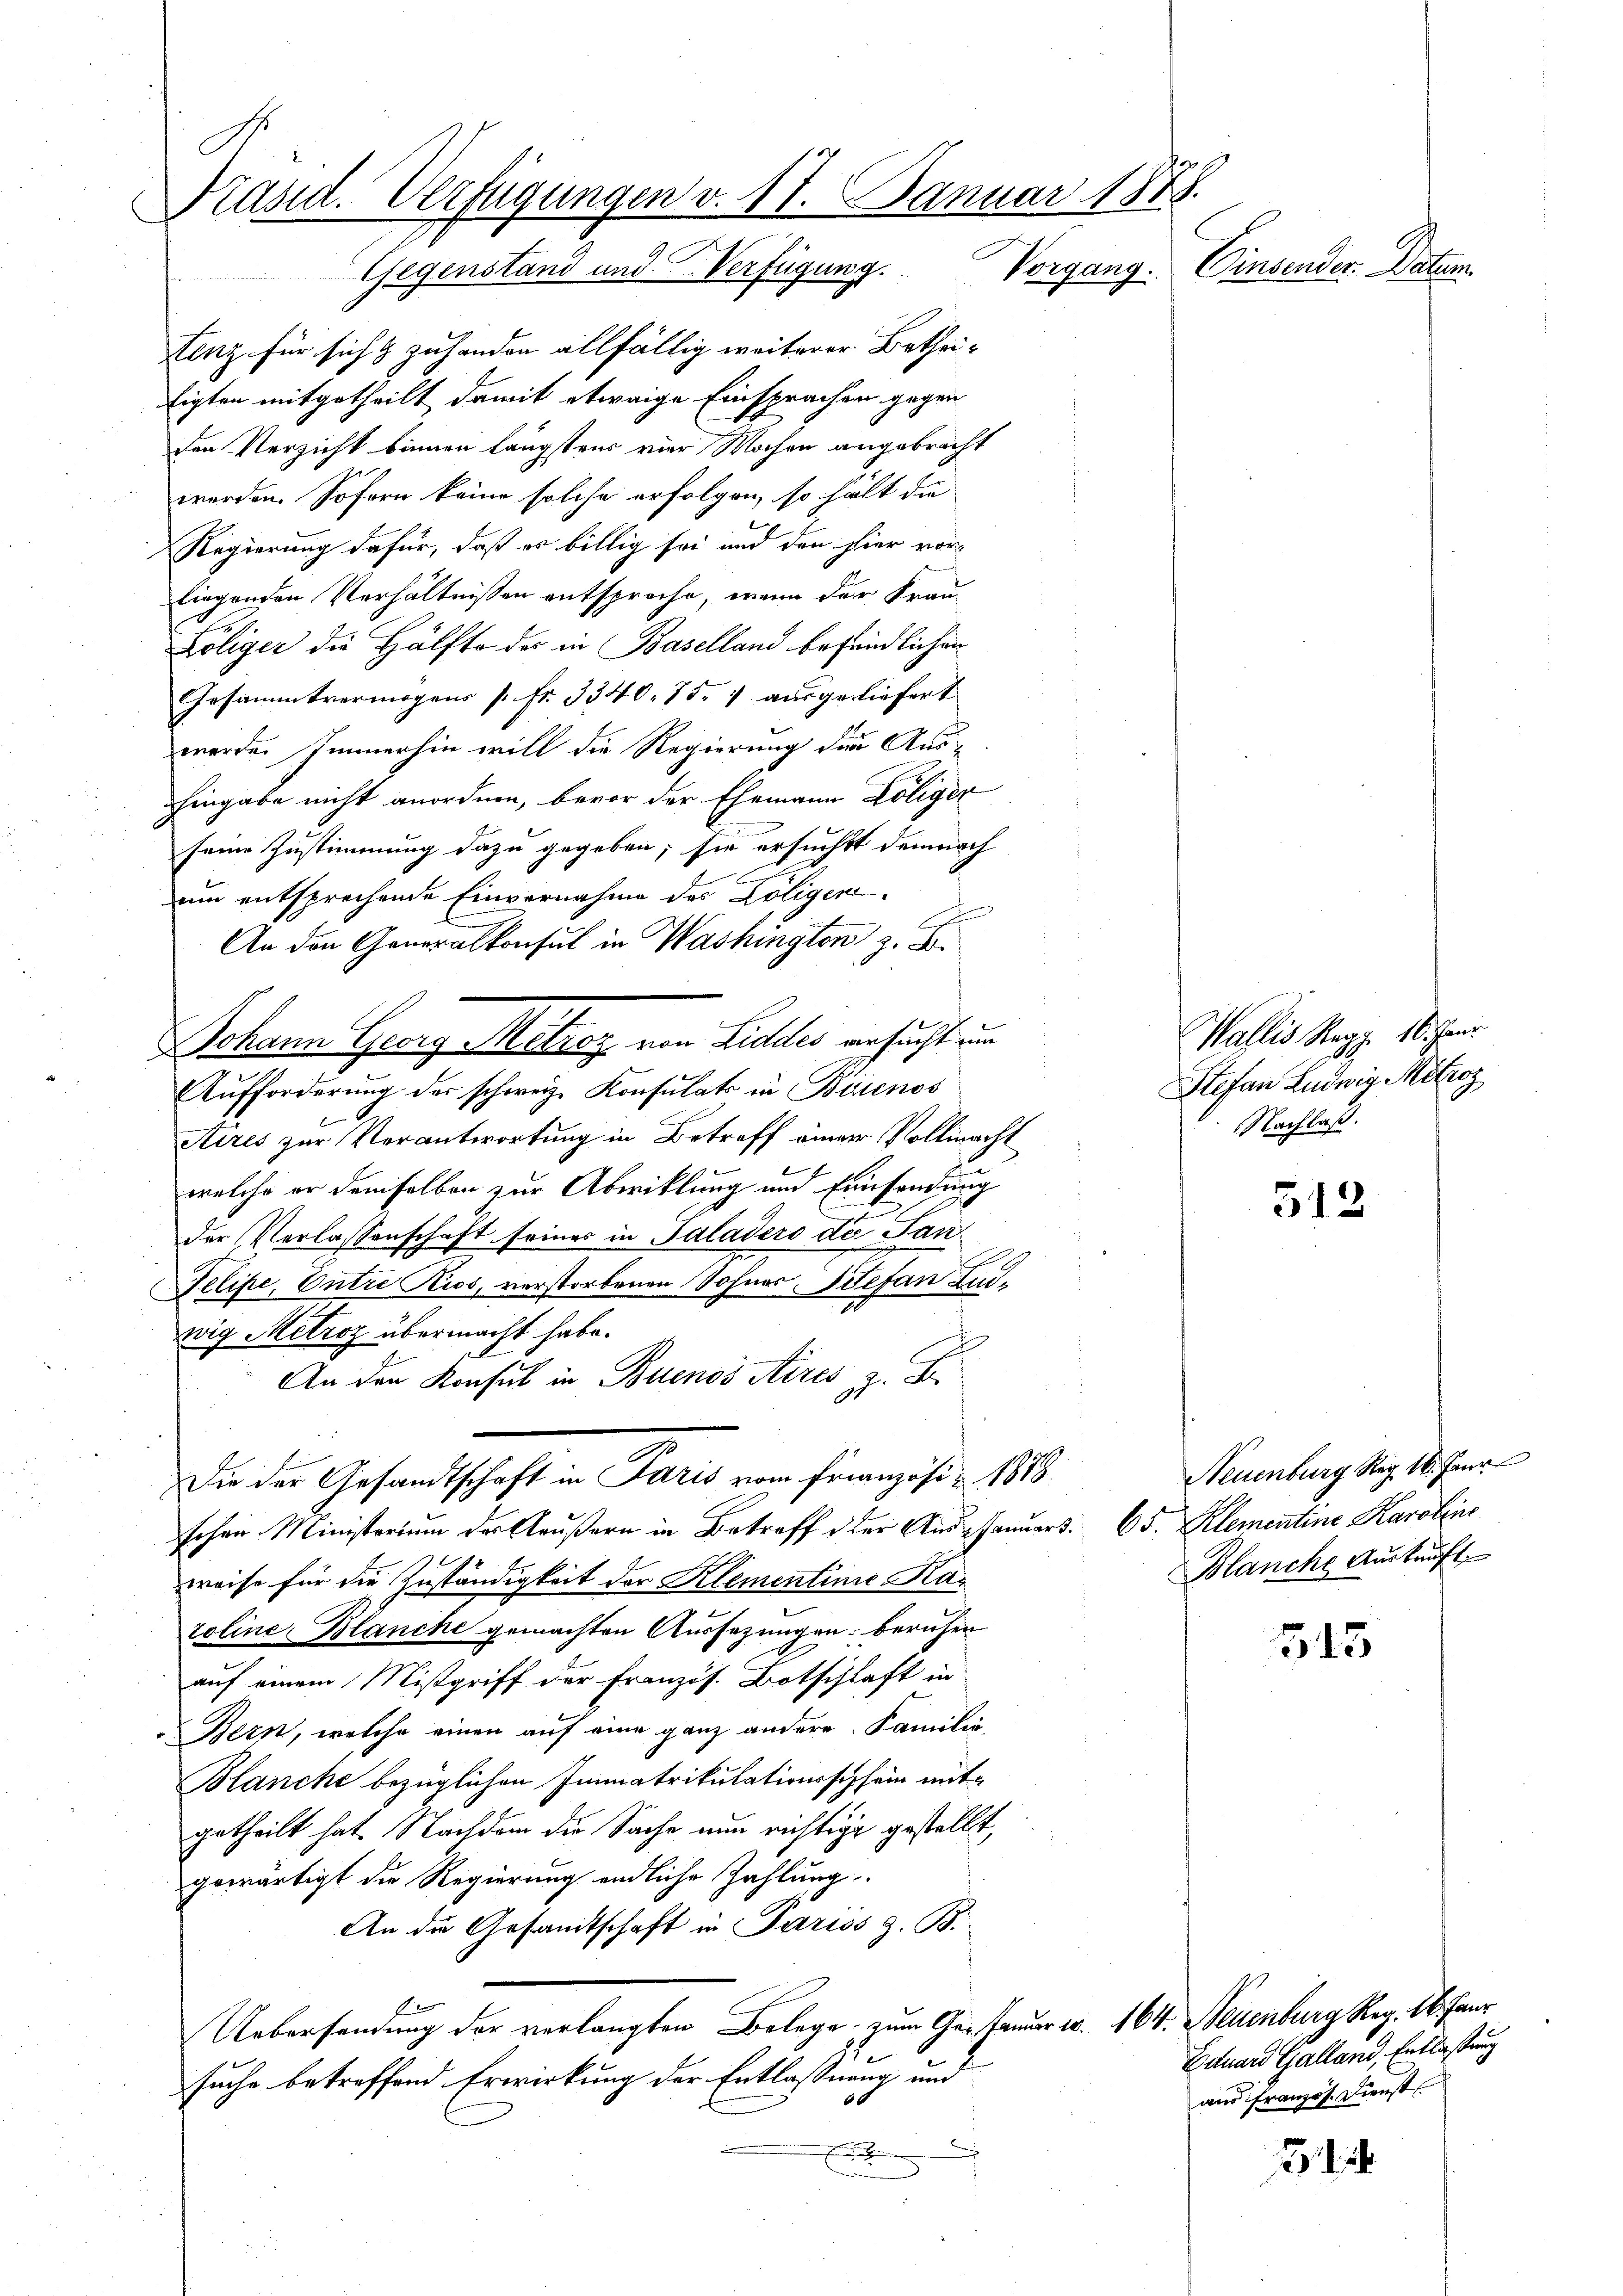
Präsid. Verfügungen v. 17. Januar 1888.
Einsender. Datum.
Gegenstand und Verfügung. Vorgang.

Lenz für sich & zuhanden allfällig weiterer Bethei¬
Eigten mitgetheilt damit etwaige Einsprachen gegen
den Verzicht binnen längstens vier Wochen angebracht
werden. Sofern keine solche erfolgen, so hält die
Regierung dafür, daß es billig sei und den hier vor-
liegenden Verhältnissen entsproche, wenn der Frau¬
2
Zoliger die Hälfte der in Baselland befändlichen
Gesammtvermögens [ fr. 3340. 757 ausgeliefert
werden Immerhin will die Regierung die Aus-
hingabe nicht anordnen, bevor der Ehemann Koliger
seine Zustimmung dazu gegeben; sie ersucht demnach
um entsprechende Einvernahme des Köligen
An den Generalkonsul in Washington z. B.
Aufforderung des schweiz. Konsulats in Buenos
Aires zur Verantwortung in Betreff einer Vollmacht
welche er demselben zur Abwicklung und Einsendung
der Verlassenschaft seiner in Saladero de San¬
Telipe, Entre Kios, verstorbenen Sohnes Stefan Linwig Metroz übermacht habe.
An den Konsul in Buenos Aires z. B.
Die der Gesandtschaft in Paris vom Französi- 1888.
schen Ministerium der Aeußern in Betreff der Aus-Januart. 65. Klementine Karolins
weise für die Zuständigkeit der Klementinie Kar
roline Blanche gemachten Aussezungen beruhen
auf einem Mißgriff der Französ. Botschlaft in
Bern, welche einen auf eine ganz andere Familie¬
Blanche bezüglichen Immatrikulationsschlein mit
getheilt hat. Nachdem die Sache nun richtige gestellt,
gewärtigt die Regierung endliche Zahlung
An die Gesandtschaft in Pariss z. B.
Uebersendung der verlangten Belege zum Ge- Fanur 10. 164.
suche betreffend Erwirkung der Entlassung und
60

Johann Georg Mehraz von Liddes ansucht und

Neuenburg Rez. 18. Janr
Blanche Auskauft

Wallis Repp. 16. Janr.
Stefan Ludwig Mitrez
Nachlaß.

512

545

v. Neuenburg Rez. 16. Janr
Eduard Galland, Entlaßung
aus französ. Dienst